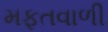
મફતવાળી